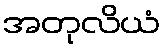
အတုလိယံ